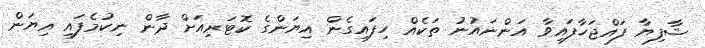
ޝާފިޔާ ފައްޖަހާފައިވާ އަންނައުނު ތަކެއް ހިފައިގެން އިޔަންގެ ކޮޓަރިއަށް ދާން ނިކުމެފައި އިޔަން